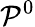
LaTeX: \mathcal{P}^{0}